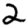
Digit: 2